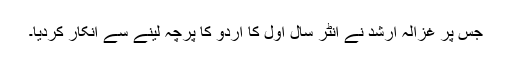
جس پر غزالہ ارشد نے انٹر سال اول کا اردو کا پرچہ لینے سے انکار کردیا۔